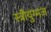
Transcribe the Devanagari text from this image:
स्त्रीयुग्मज